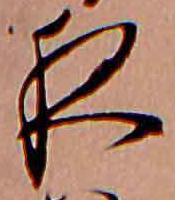
夜